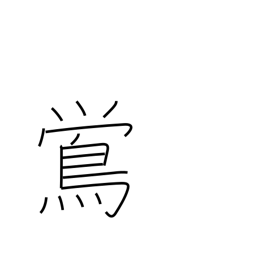
Meaning: nightingale